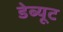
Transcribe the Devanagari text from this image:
डेब्यूट